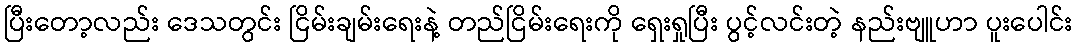
ပြီးတော့လည်း ဒေသတွင်း ငြိမ်းချမ်းရေးနဲ့ တည်ငြိမ်းရေးကို ရှေးရှုပြီး ပွင့်လင်းတဲ့ နည်းဗျူဟာ ပူးပေါင်း